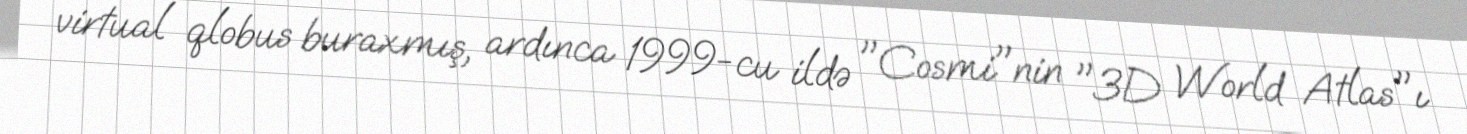
virtual qlobus buraxmış, ardınca 1999-cu ildə "Cosmi"nin "3D World Atlas"ı